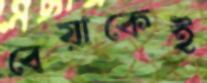
বেয়াকেই